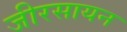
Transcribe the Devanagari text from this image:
जीरसायन